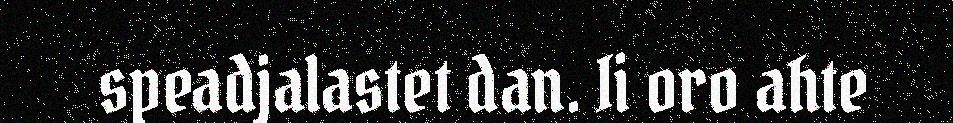
speadjalastet dan. Ii oro ahte